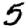
Digit: 5